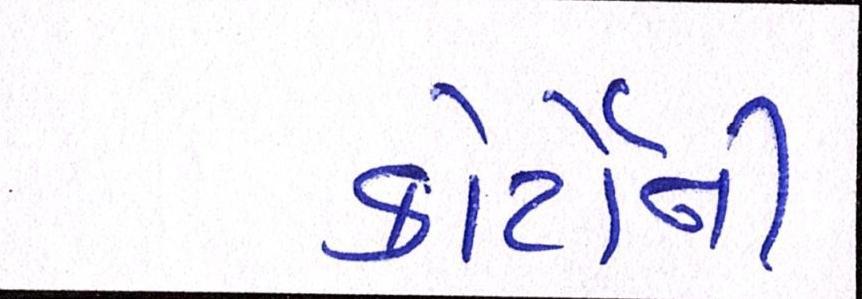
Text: કોર્ટોની